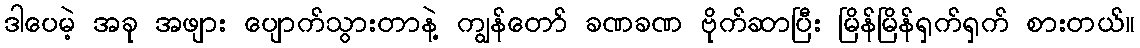
ဒါပေမဲ့ အခု အဖျား ပျောက်သွားတာနဲ့ ကျွန်တော် ခဏခဏ ဗိုက်ဆာပြီး မြိန်မြိန်ရှက်ရှက် စားတယ်။